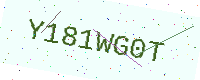
Text: Y181WG0T